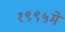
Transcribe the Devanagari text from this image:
१९९५मे